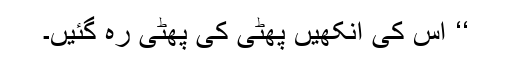
‘‘ اس کی آنکھیں پھٹی کی پھٹی رہ گئیں۔